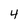
Character: 4